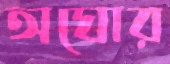
অঘোর